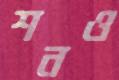
শনও